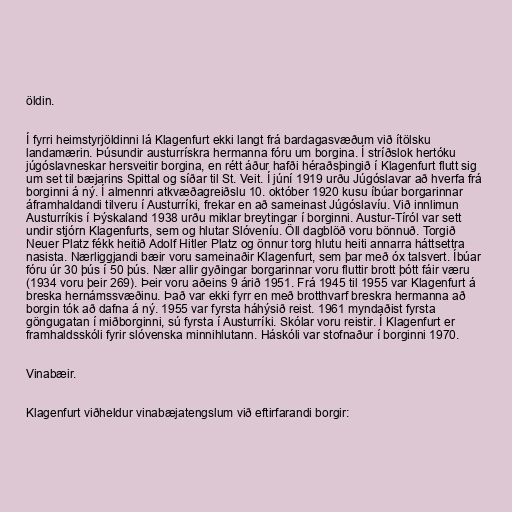
öldin.

Í fyrri heimstyrjöldinni lá Klagenfurt ekki langt frá bardagasvæðum við ítölsku
landamærin. Þúsundir austurrískra hermanna fóru um borgina. Í stríðslok hertóku
júgóslavneskar hersveitir borgina, en rétt áður hafði héraðsþingið í Klagenfurt flutt sig
um set til bæjarins Spittal og síðar til St. Veit. Í júní 1919 urðu Júgóslavar að hverfa frá
borginni á ný. Í almennri atkvæðagreiðslu 10. október 1920 kusu íbúar borgarinnar
áframhaldandi tilveru í Austurríki, frekar en að sameinast Júgóslavíu. Við innlimun
Austurríkis í Þýskaland 1938 urðu miklar breytingar í borginni. Austur-Tíról var sett
undir stjórn Klagenfurts, sem og hlutar Slóveníu. Öll dagblöð voru bönnuð. Torgið
Neuer Platz fékk heitið Adolf Hitler Platz og önnur torg hlutu heiti annarra háttsettra
nasista. Nærliggjandi bæir voru sameinaðir Klagenfurt, sem þar með óx talsvert. Íbúar
fóru úr 30 þús í 50 þús. Nær allir gyðingar borgarinnar voru fluttir brott þótt fáir væru
(1934 voru þeir 269). Þeir voru aðeins 9 árið 1951. Frá 1945 til 1955 var Klagenfurt á
breska hernámssvæðinu. Það var ekki fyrr en með brotthvarf breskra hermanna að
borgin tók að dafna á ný. 1955 var fyrsta háhýsið reist. 1961 myndaðist fyrsta
göngugatan í miðborginni, sú fyrsta í Austurríki. Skólar voru reistir. Í Klagenfurt er
framhaldsskóli fyrir slóvenska minnihlutann. Háskóli var stofnaður í borginni 1970.

Vinabæir.

Klagenfurt viðheldur vinabæjatengslum við eftirfarandi borgir: